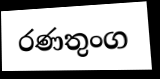
රණතුංග